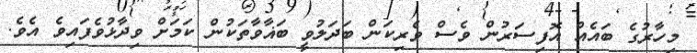
މިހާރުގެ ބައެއް އޮފިސަރުން ވެސް ވެރިކަން ބަދަލުވީ ބަޣާވާތަކުން ކަމަށް ވިދާޅުވެފައިވެ އެވެ.